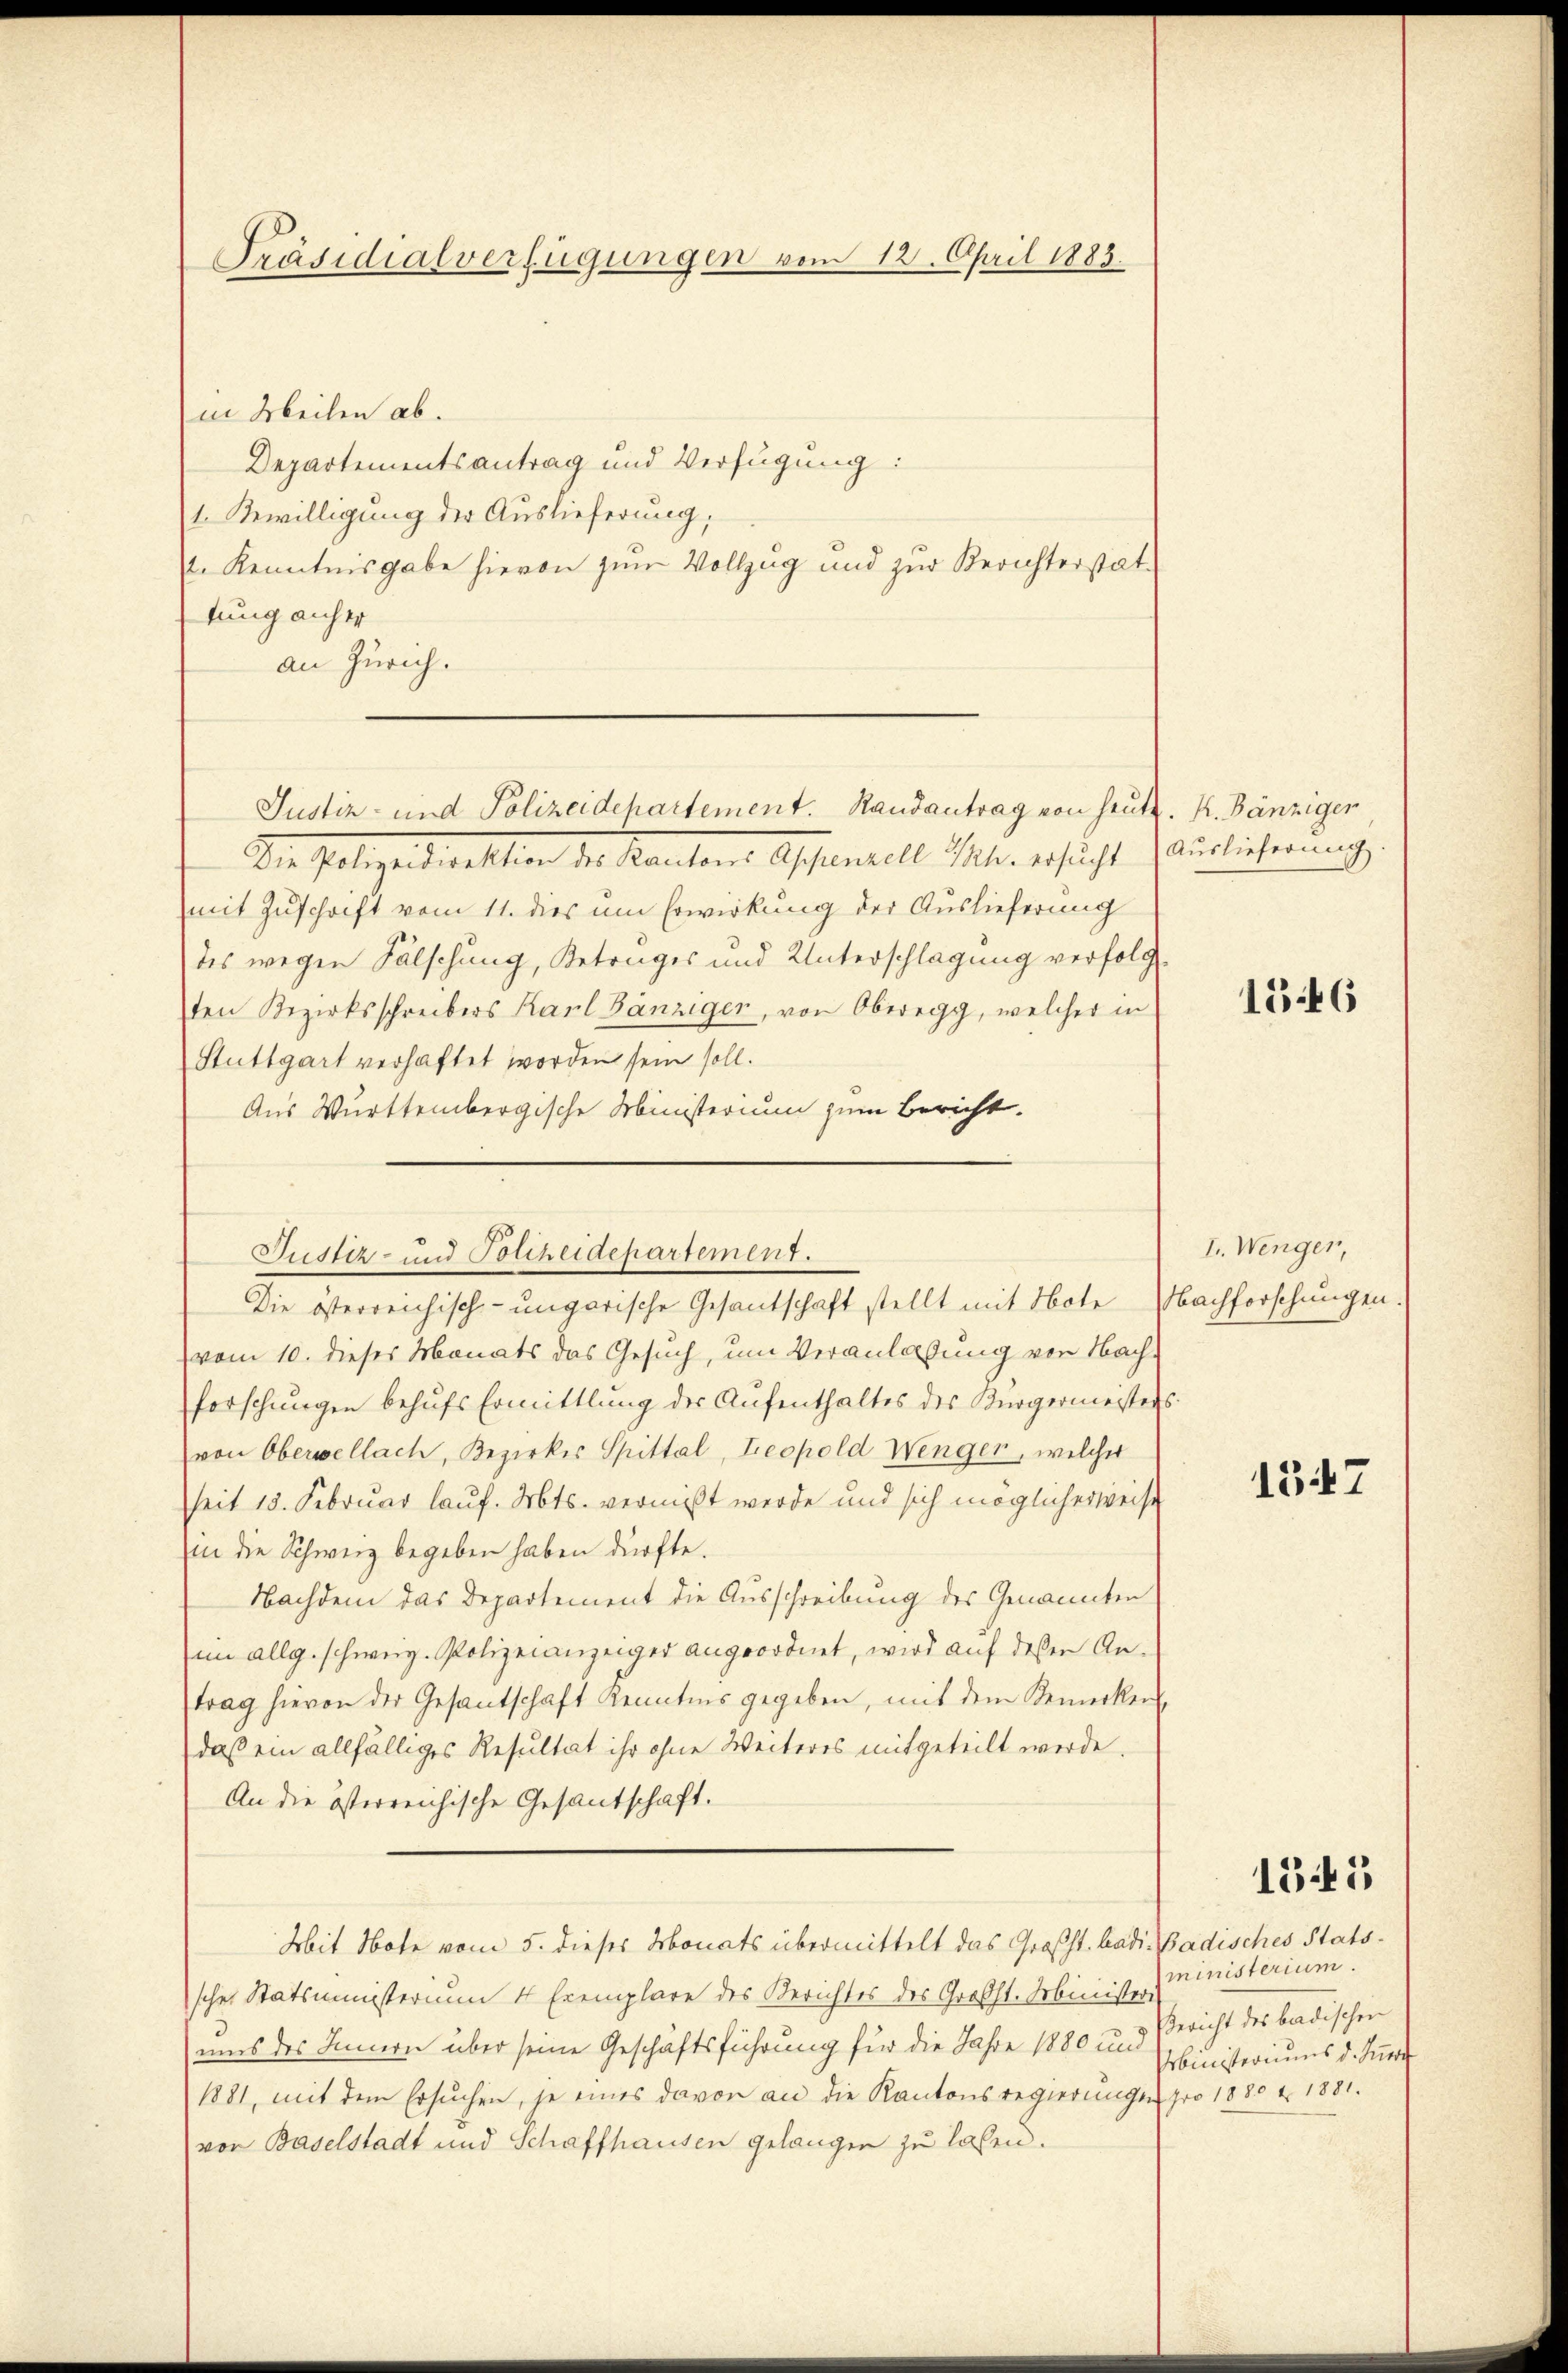
Präsidialverfügungen vom 12. April 1883.

in Meilen ab.
Departementsantrag und Verfügung:
1. Bewilligung der Auslieferung,
t. Kenntnisgabe hievon zum Vollzug und zur Berichterstattung anher
an Zürich.
Dr. Polizeidirektion die Kanton Affenzell Ihr ersicht Auslicherung
mit Zuschrift vom 11. dies um Erwirkung der Auslieferung
des wegen Fälschung, Betrages und Unterschlagung verfolg
ten Bezirksschreibers Karl Bänziger, von Oberegg, welcher in
Stuttgart verhaftet worden sein soll.
Aus Württembergische Ministerium zum Bericht.
vom 10. dieses Monats das Gesuch, um Veranlaßung von Nach-
forschungen behufs Ermittlung der Aufenthaltes des Bürgermeisters.
von Oberwellach, Bezirkes Spittal, Leopold Wenger, welcher
seit 15. Februar lauf. Mts. vermißt werde und sich möglicherweise
(in die Schweiz begeben haben dürfte.
Nachdem das Departement die Ausschreibung des Genannten
im allg. schweiz. Polizeianzeiger angeordnet, wird auf deßen Antrag hievon der Gesantschaft Kenntnis gegeben, mit dem Bemerken
daß ein allfälliges Resultat ihr ohne Weiteres mitgeteilt werde.
An die österreichische Gesantschaft.
Mit Note vom 5. dieses Monats übermittelt das Großst. badi-Badisches Statsscher Statsministerium 4 Exemplare des Gerichtes des Großst. Ministers
uis des Innern über seine Geschäftsführung für die Jahre 1880 und Bericht des badischen
1881, mit dem Ersuchen, je eines davor an die Kantonsregierungen
vor Baselstadt und Schaffhausen gelangen zu laßen.

Justiz- und Polizeidepartement. Randantrag von heutz. K. Bänziger

Justiz- und Polizeidepartement.
Die österreichisch-ungarische Gesantschaft stellt mit Note Nachforschungen.

1546

I. Wenger,

1347

1345

ministerium.
Ministeriums d. Kun
pro 1880 & 1881.